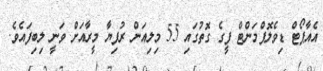
އެއާޕޯޓް ޑިވެލޮޕްމަންޓް ފީގެ ގޮތުގައި 55 މިލިއަން ރުފިޔާ މީރާއަށް ވަނީ ލިބިފައެވެ.